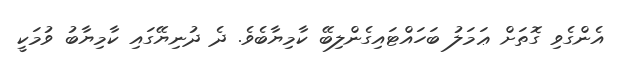
އެންގެވި ގޮތަށް ޢަމަލު ބަހައްޓައިގެންލިބޭ ކާމިޔާބެވެ. ދެ ދުނިޔޭގައި ކާމިޔާބު ވުމަކީ